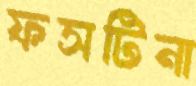
ফসটিনা